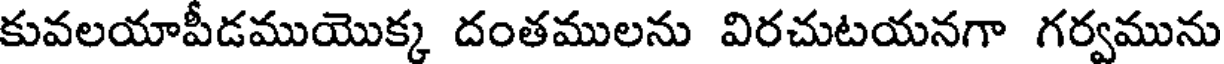
కువలయాపీడముయొక్క దంతములను విరచుటయనగా గర్వమును